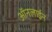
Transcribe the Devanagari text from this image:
आॅनलाईन